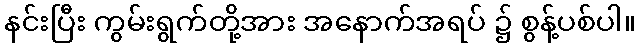
နင်းပြီး ကွမ်းရွက်တို့အား အနောက်အရပ် ၌ စွန့်ပစ်ပါ။